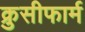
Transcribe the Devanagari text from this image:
क्रुसीफार्म